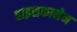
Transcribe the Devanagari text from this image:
हाइसकानेन